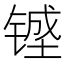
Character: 𰾔